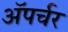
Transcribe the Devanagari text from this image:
ॲपर्चर